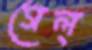
গেল্